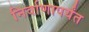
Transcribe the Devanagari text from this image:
निर्वाणापर्यंत